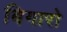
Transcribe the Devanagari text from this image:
बिगारो